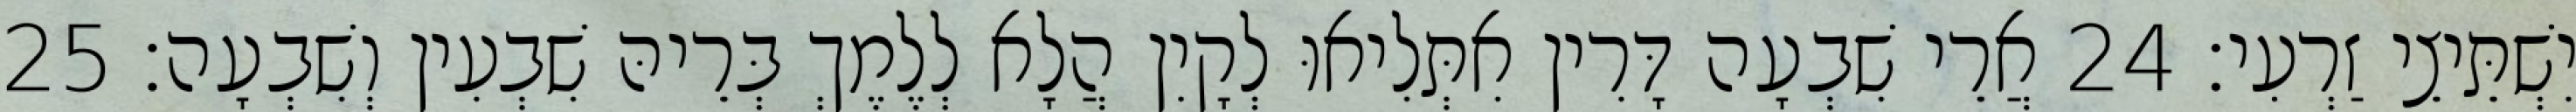
יִשְׁתֵּיצֵי זַרְעִי׃ 24 אֲרֵי שִׁבְעָה דָּרִין אִתְּלִיאוּ לְקָיִן הֲלָא לְלֶמֶךְ בְּרֵיהּ שִׁבְעִין וְשִׁבְעָה׃ 25